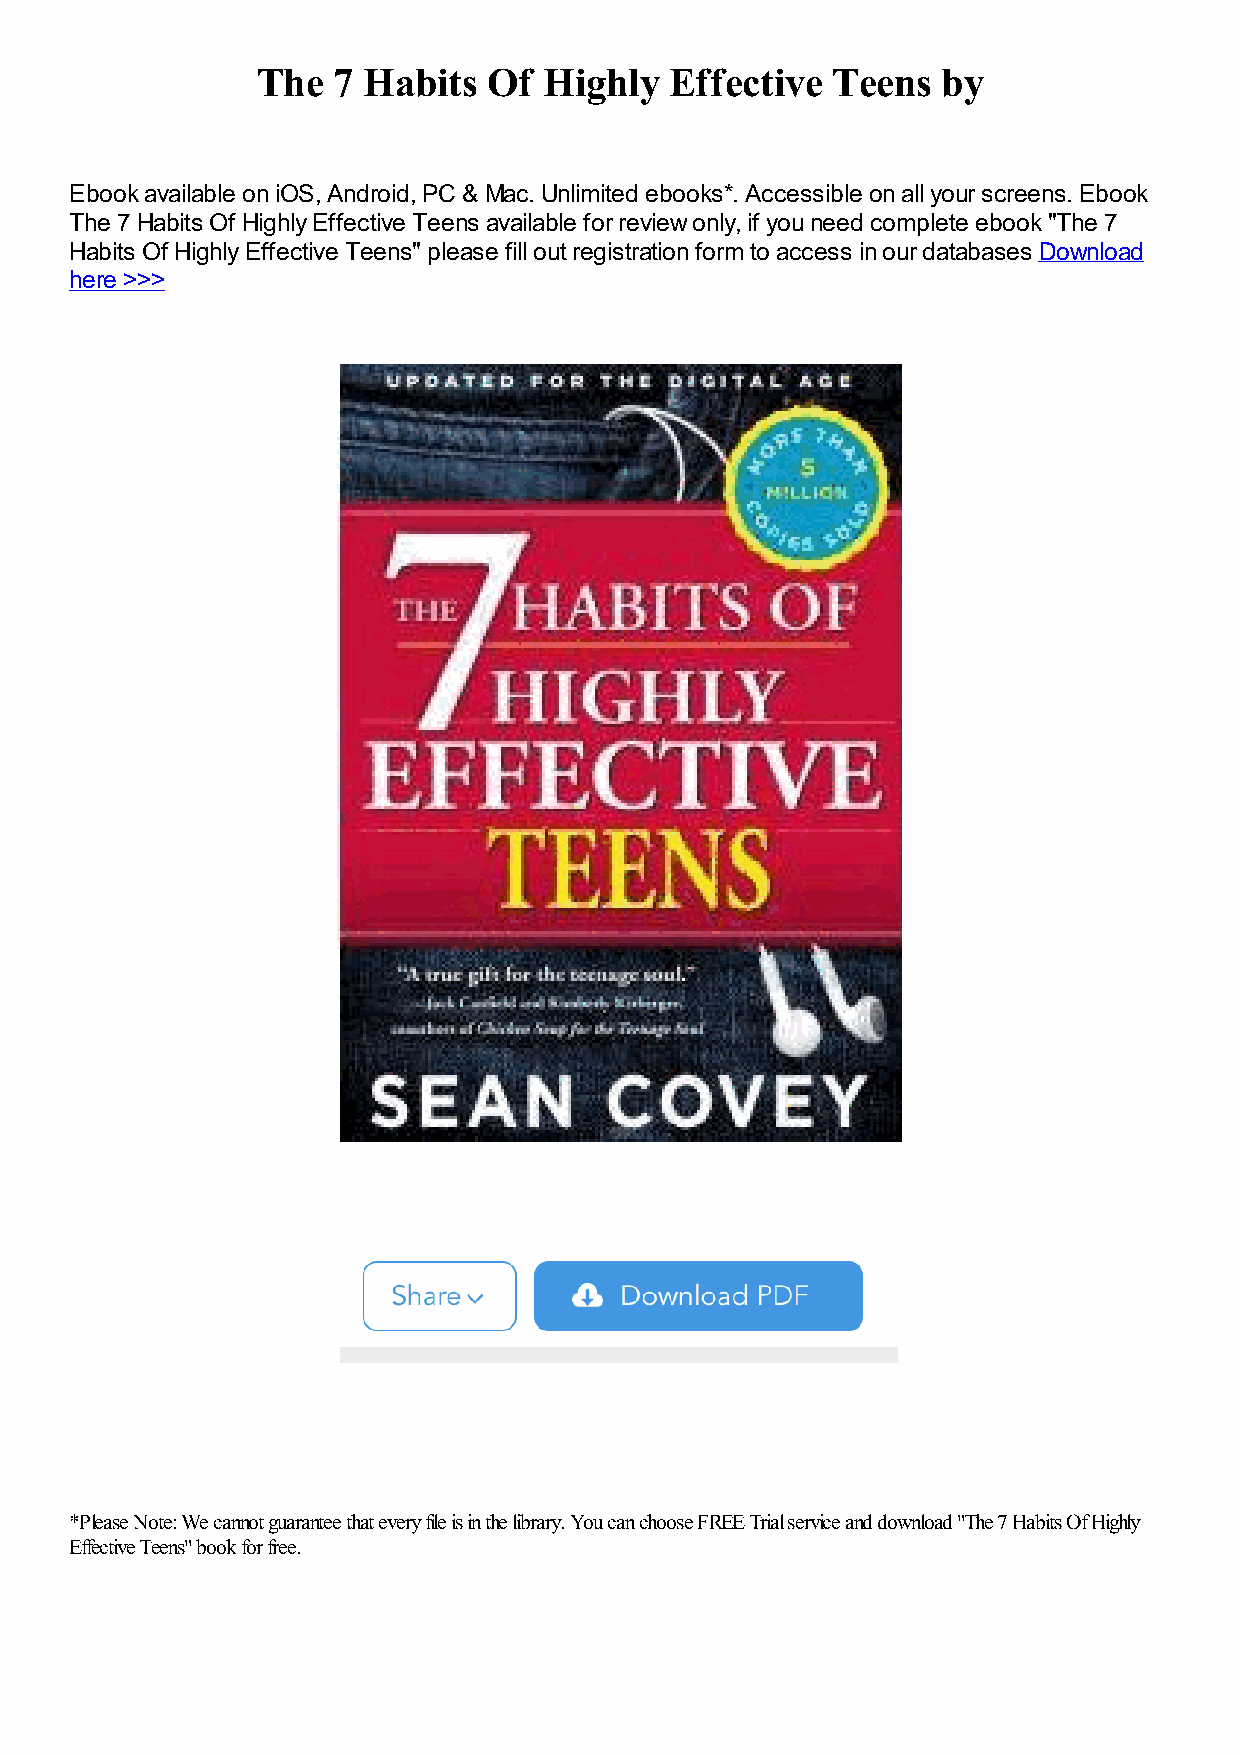
The  7 Habits  Of  Highly  Effective  Teens  by
 Ebook available on iOS, Android, PC & Mac. Unlimited ebooks*. Accessible on all your screens. Ebook
 The 7 Habits Of Highly Effective Teens available for review only, if you need complete ebook "The 7
 Habits Of Highly Effective Teens" please fill out registration form to access in our databases Download
 here >>>
 *Please Note: We cannot guarantee that every file is in the library. You can choose FREE Trial service and download "The 7 Habits Of Highly
 Effective Teens" book for free.